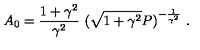
A _ { 0 } = \frac { 1 + \gamma ^ { 2 } } { \gamma ^ { 2 } } \ ( \sqrt { 1 + \gamma ^ { 2 } } P ) ^ { - \frac { 1 } { \gamma ^ { 2 } } } \ .